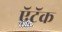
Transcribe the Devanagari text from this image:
ऍटॅक